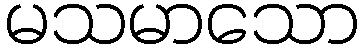
မသမာသော